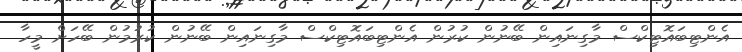
އެންޓިބައޮޓިކްސް މާގިނައިން ބޭނުން ކުރުން އެންޓިބައޮޓިކްސް މާގިނައިން ބޭނުން ކުރުމުން ބޭހަށް މީހާ